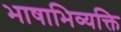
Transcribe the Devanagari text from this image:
भाषाभिव्यक्ति